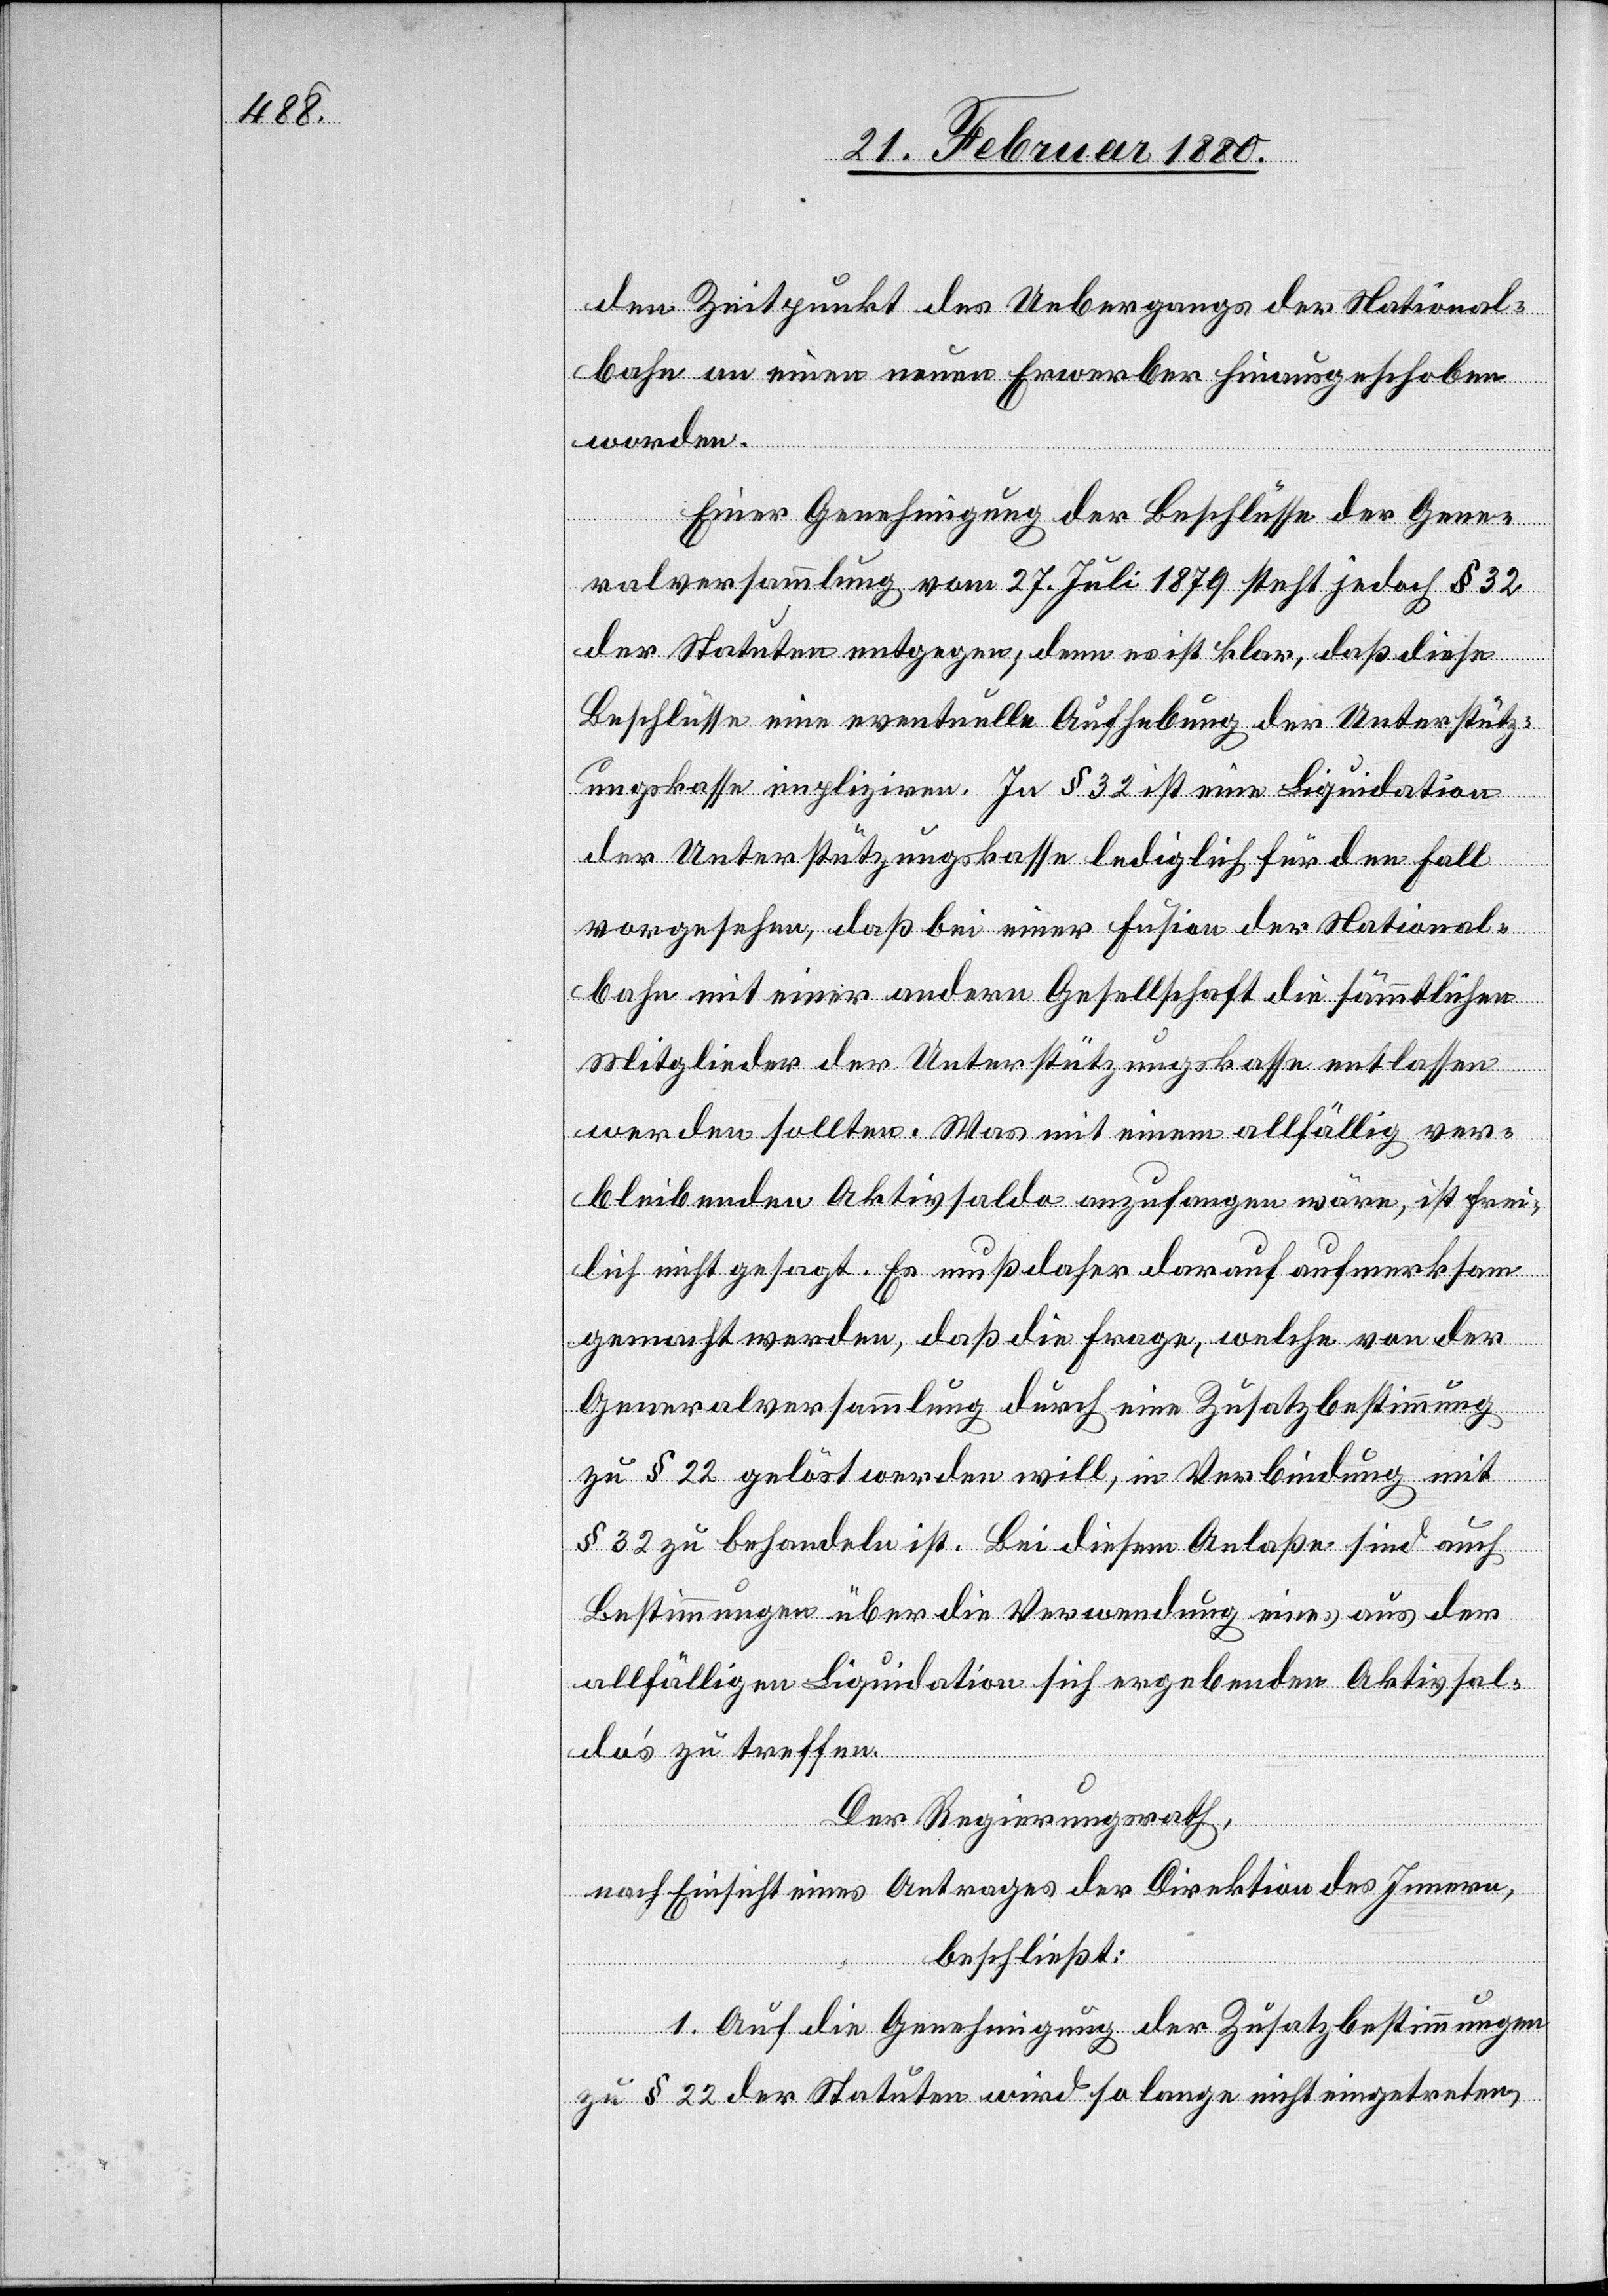
den Zeitpunkt des Uebergangs der National¬
bahn an einen neuen Erwerber hinausgeschoben
worden.
Einer Genehmigung der Beschlüsse der Gene¬
ralversammlung vom 27. Juli 1879 steht jedoch § 32
der Statuten entgegen; denn es ist klar, daß diese
Beschlüsse eine eventuelle Aufhebung der Unterstütz¬
ungskasse impliziren. In § 32 ist eine Liquidation
der Unterstützungskasse lediglich für den Fall
vorgesehen, daß bei einer Fusion der National¬
bahn mit einer andern Gesellschaft die sämmtlichen
Mitglieder der Unterstützungskasse entlassen
werden sollten. Was mit einem allfällig ver¬
bleibenden Aktivsaldo anzufangen wäre, ist frei¬
lich nicht gesagt. Es muß daher darauf aufmerksam
gemacht werden, daß die Frage, welche von der
Generalversammmlung durch eine Zusatzbestimmung
zu § 22 gelöst werden will, in Verbindung mit
§ 32 zu behandeln ist. Bei diesem Anlaße sind auch
Bestimmungen über die Verwendung eines aus der
allfälligen Liquidation sich ergebenden Aktivsal¬
dos zu treffen.
Der Regierungsrath,
nach Einsicht eines Antrages der Direktion des Innern,
beschließt:
1. Auf die Genehmigung der Zusatzbestimmungen
zu § 22 der Statuten wird so lange nicht eingetreten,